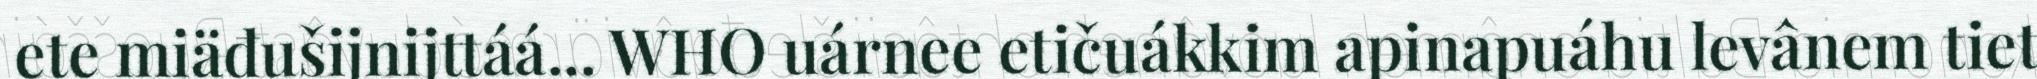
ete miäđušijnijttáá... WHO uárnee etičuákkim apinapuáhu levânem tiet